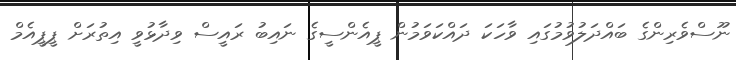
ނޫސްވެރިންގެ ބައްދަލުވުމުގައި ވާހަކަ ދައްކަަވަމުން ޕީއެންސީގެ ނައިބު ރައީސް ވިދާޅުވީ އިތުރަށް ޕީޕީއެމް